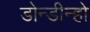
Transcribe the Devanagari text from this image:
डोन्डीन्हो